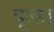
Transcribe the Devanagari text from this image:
दूल्ह।